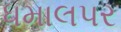
ધમાલપર